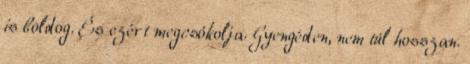
is boldog. És ezért megcsókolja. Gyengéden, nem túl hosszan.